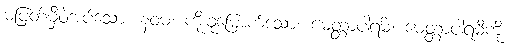
မပြတ်မှီဝဲအပ်သော။ နဝမံ၊ ကိုးခုမြောက်သော။ မေတ္တာပါရမိံ၊ မေတ္တာပါရမီကို။